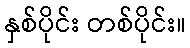
နှစ်ပိုင်း တစ်ပိုင်း။